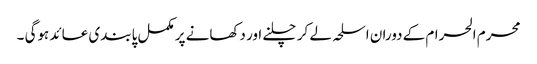
محرم الحرام کے دوران اسلحہ لے کر چلنے اور دکھانے پر مکمل پابندی عائد ہوگی ۔